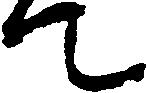
て